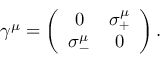
\gamma ^ { \mu } = \left( \begin{array} { c c } { { 0 } } & { { \sigma _ { + } ^ { \mu } } } \\ { { \sigma _ { - } ^ { \mu } } } & { { 0 } } \end{array} \right) .